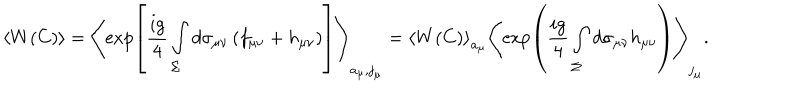
\left< W ( C ) \right> = \left< \exp \left[ \frac { i g } { 4 } \int _ { \Sigma } ^ { } d \sigma _ { \mu \nu } \left( f _ { \mu \nu } + h _ { \mu \nu } \right) \right] \right> _ { a _ { \mu } , j _ { \mu } } = \left< W ( C ) \right> _ { a _ { \mu } } \left< \exp \left( \frac { i g } { 4 } \int _ { \Sigma } ^ { } d \sigma _ { \mu \nu } h _ { \mu \nu } \right) \right> _ { j _ { \mu } } .